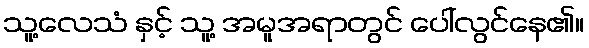
သူ့လေသံ နှင့် သူ့ အမူအရာတွင် ပေါ်လွင်နေ၏။